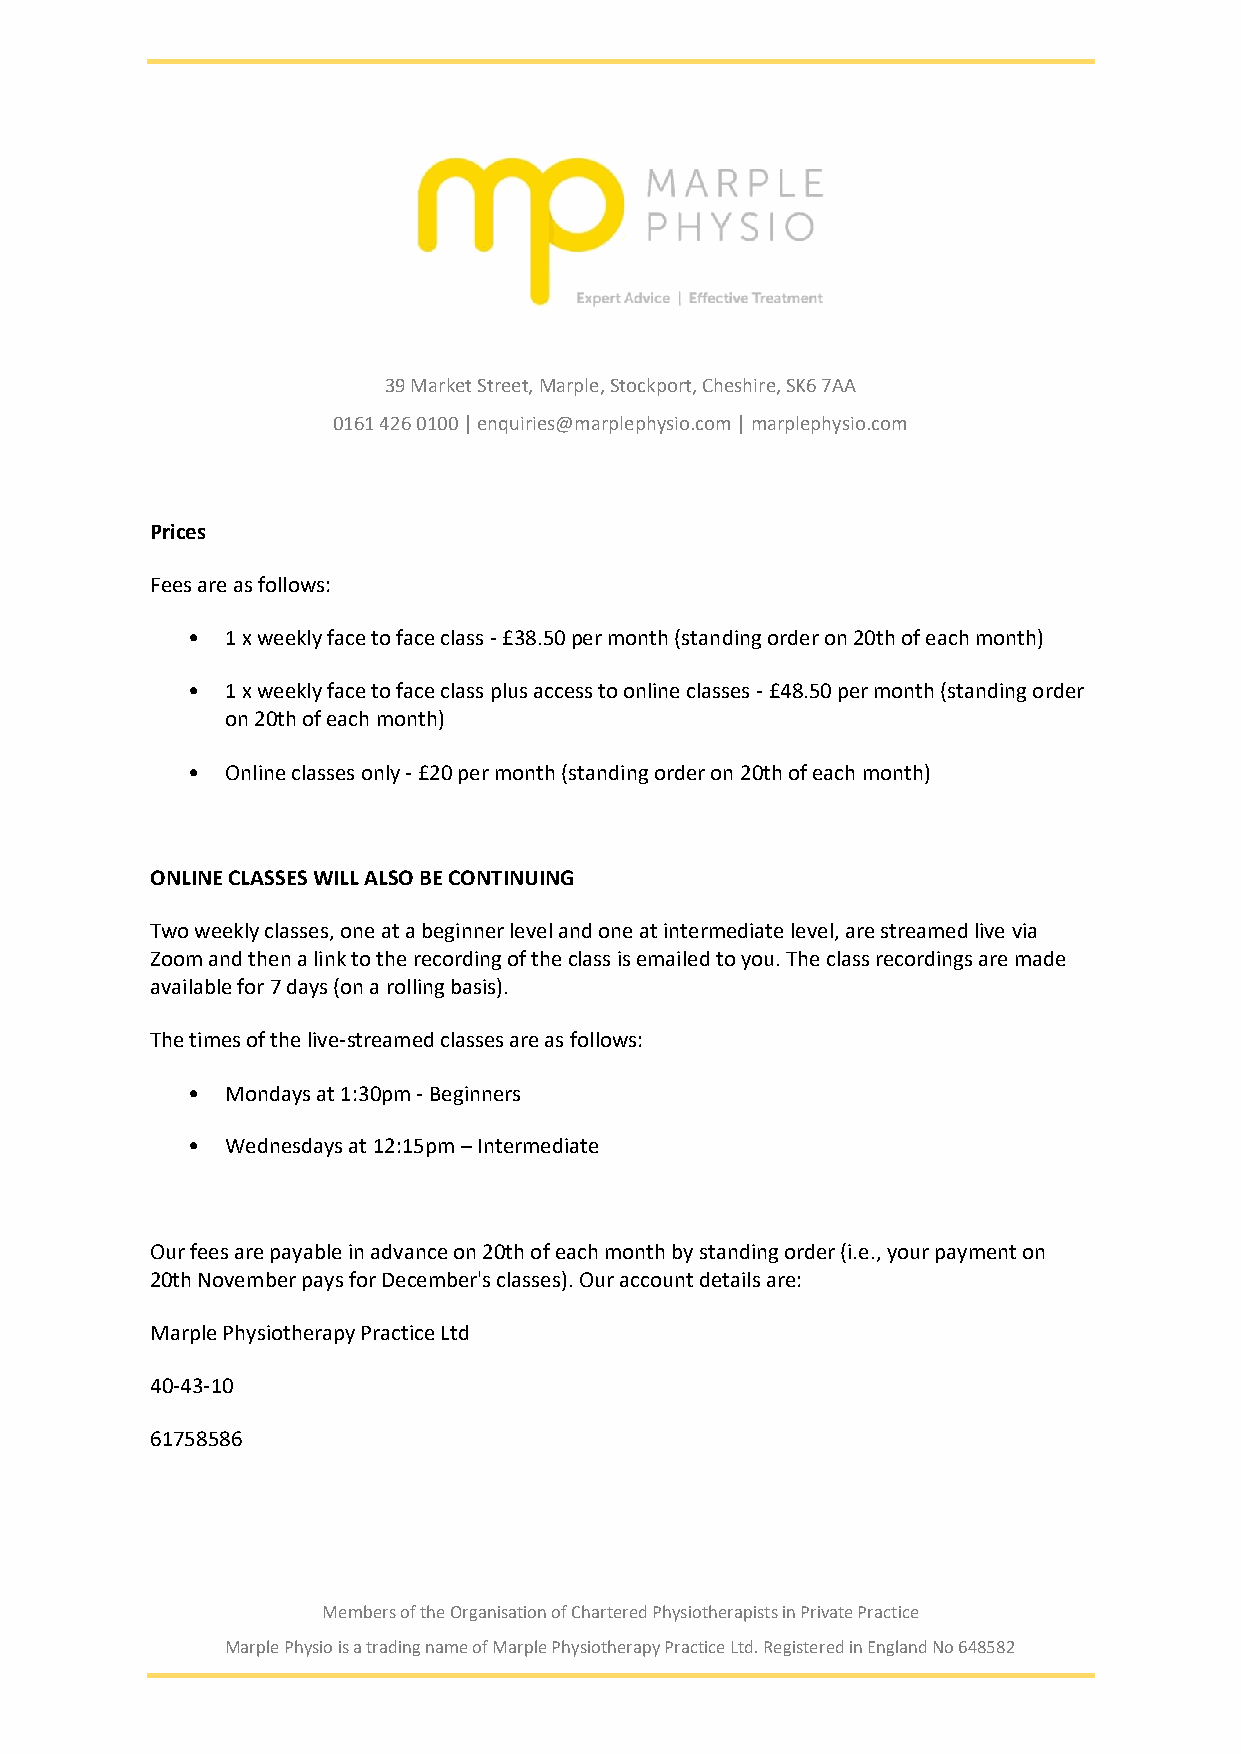
39 Market Street, Marple, Stockport, Cheshire, SK6 7AA
 0161 426 0100 | enquiries@marplephysio.com | marplephysio.com
 Prices
 Fees are as follows:
 •  1 x weekly face to face class - £38.50 per month (standing order on 20th of each month)
 •  1 x weekly face to face class plus access to online classes - £48.50 per month (standing order
 on 20th of each month)
 •  Online classes only - £20 per month (standing order on 20th of each month)
 ONLINE CLASSES WILL ALSO BE CONTINUING
 Two weekly classes, one at a beginner level and one at intermediate level, are streamed live via
 Zoom and then a link to the recording of the class is emailed to you. The class recordings are made
 available for 7 days (on a rolling basis).
 The times of the live-streamed classes are as follows:
 •  Mondays at 1:30pm - Beginners
 •  Wednesdays at 12:15pm – Intermediate
 Our fees are payable in advance on 20th of each month by standing order (i.e., your payment on
 20th November pays for December's classes). Our account details are:
 Marple Physiotherapy Practice Ltd
 40-43-10
 61758586
 Members of the Organisation of Chartered Physiotherapists in Private Practice
 Marple Physio is a trading name of Marple Physiotherapy Practice Ltd. Registered in England No 648582